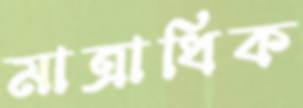
মাত্রাধিক